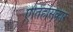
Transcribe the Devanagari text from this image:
ऐतिहासकार